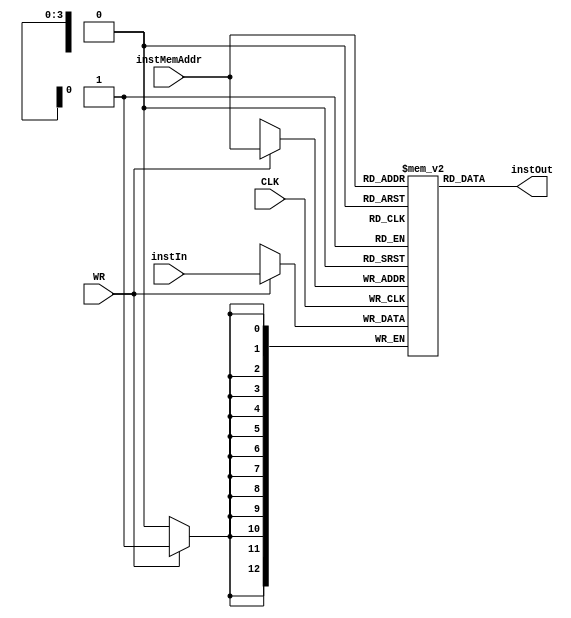
module InstructionMemory(
    input CLK, WR,
    input [3:0] instMemAddr,  //from program counter
    input [12:0] instIn,
    output [12:0] instOut
);

reg [12:0] SRAM [15:0];

initial
begin
    SRAM[0] = 13'b1100000_100111; // BRZ
	 SRAM[1] = 13'b0000010_111100; // ADD R3 <- R3+R0
	 SRAM[2] = 13'b0000110_010101; // DECREMENT R1 <- R1-1
	 SRAM[3] = 13'b1110000_001000; // JUMP to R2
	 
	 SRAM[5] = 13'b1000010_000000; // ADD Immediate R0 <- R0 + 0
	 SRAM[6] = 13'b1000010_010101; // ADD Immediate R1 <- R1 + 0
	 SRAM[7] = 13'b0010000_000000; // LOAD R0,  R0 <- M(R0)
	 SRAM[8] = 13'b0010000_010100; // LOAD R1,  R0 <- M(R1)
	 SRAM[9] = 13'b1000010_101000; // ADD Immediate R2 <- R2 + 0
	 SRAM[10] = 13'b1110000_001000; // JUMP to R2
	 SRAM[11] = 13'b0100000_001011; // STORE M(R2) <- R3
end

always@(posedge CLK)
begin
    if(WR) SRAM[instMemAddr] <= instIn;
end

assign instOut = SRAM[instMemAddr];

endmodule